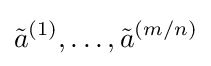
{\tilde {a}}^{(1)},\ldots ,{\tilde {a}}^{(m/n)}